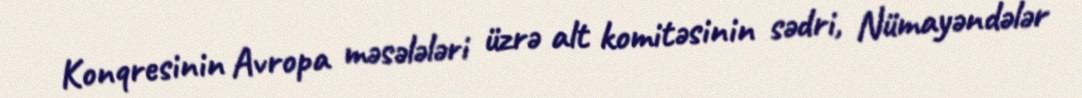
Konqresinin Avropa məsələləri üzrə alt komitəsinin sədri, Nümayəndələr